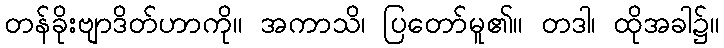
တန်ခိုးဗျာဒိတ်ဟာကို။ အကာသိ၊ ပြတော်မူ၏။ တဒါ၊ ထိုအခါ၌။